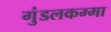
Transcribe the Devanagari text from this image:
गुंडलकम्मा